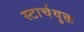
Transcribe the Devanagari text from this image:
स्टार्चयुक्त